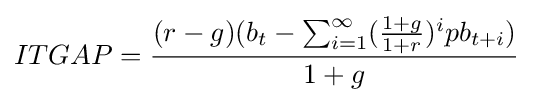
ITGAP={\frac {(r-g)(b_{t}-\sum _{i=1}^{\infty }({\frac {1+g}{1+r}})^{i}pb_{t+i})}{1+g}}